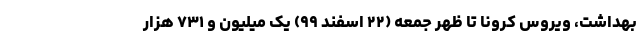
بهداشت، ویروس کرونا تا ظهر جمعه (۲۲ اسفند ۹۹) یک میلیون و ۷۳۱ هزار